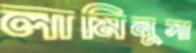
লামিনুসা